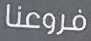
فروعنا